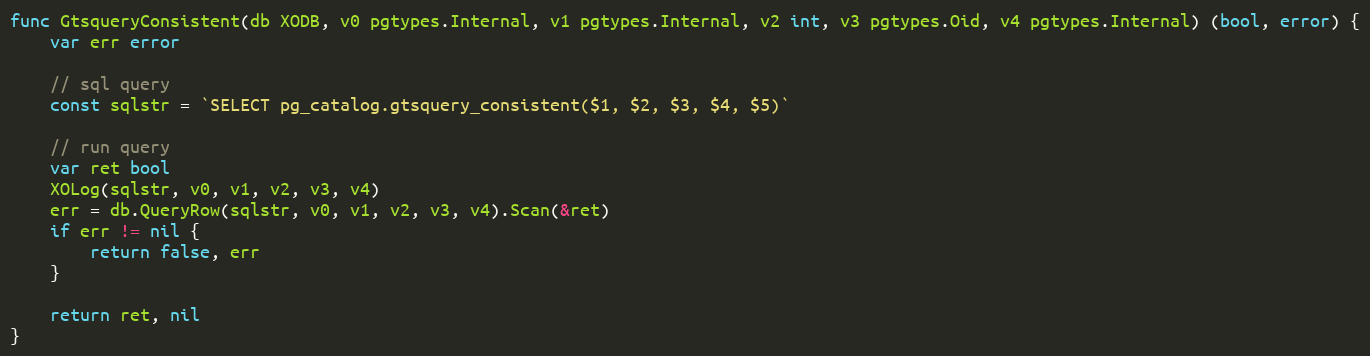
Language: Go
func GtsqueryConsistent(db XODB, v0 pgtypes.Internal, v1 pgtypes.Internal, v2 int, v3 pgtypes.Oid, v4 pgtypes.Internal) (bool, error) {
	var err error

	// sql query
	const sqlstr = `SELECT pg_catalog.gtsquery_consistent($1, $2, $3, $4, $5)`

	// run query
	var ret bool
	XOLog(sqlstr, v0, v1, v2, v3, v4)
	err = db.QueryRow(sqlstr, v0, v1, v2, v3, v4).Scan(&ret)
	if err != nil {
		return false, err
	}

	return ret, nil
}